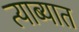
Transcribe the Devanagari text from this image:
त्याब्यात